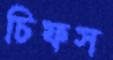
চিফস